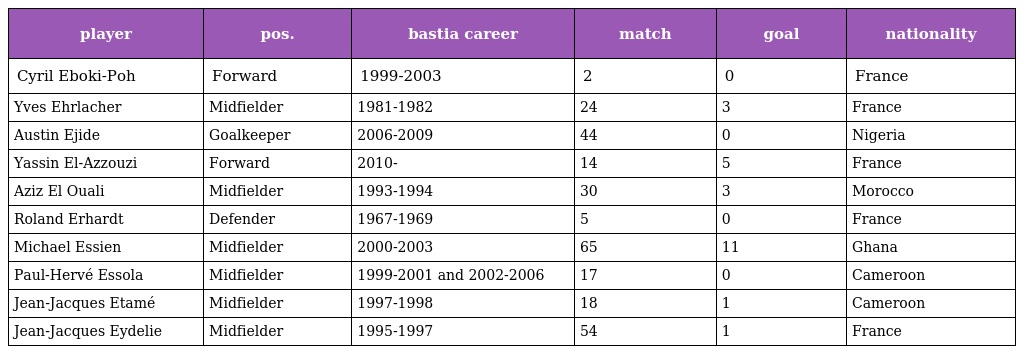
| player | pos. | bastia career | match | goal | nationality |
 | --- | --- | --- | --- | --- | --- |
 | Cyril Eboki-Poh | Forward | 1999-2003 | 2 | 0 | France |
 | Yves Ehrlacher | Midfielder | 1981-1982 | 24 | 3 | France |
 | Austin Ejide | Goalkeeper | 2006-2009 | 44 | 0 | Nigeria |
 | Yassin El-Azzouzi | Forward | 2010- | 14 | 5 | France |
 | Aziz El Ouali | Midfielder | 1993-1994 | 30 | 3 | Morocco |
 | Roland Erhardt | Defender | 1967-1969 | 5 | 0 | France |
 | Michael Essien | Midfielder | 2000-2003 | 65 | 11 | Ghana |
 | Paul-Hervé Essola | Midfielder | 1999-2001 and 2002-2006 | 17 | 0 | Cameroon |
 | Jean-Jacques Etamé | Midfielder | 1997-1998 | 18 | 1 | Cameroon |
 | Jean-Jacques Eydelie | Midfielder | 1995-1997 | 54 | 1 | France |